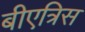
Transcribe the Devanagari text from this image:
बीएत्रिस